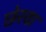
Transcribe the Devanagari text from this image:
छेरवा